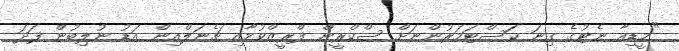
"މީޑިއާ ނެޓުގެ ގިނަ ކަސްޓަމަރުންނަށް ސްކްރީން ފްރީޒްވުމާއި ޗެނަލްއިން އަޑު ނުލިބުން ފަދަ